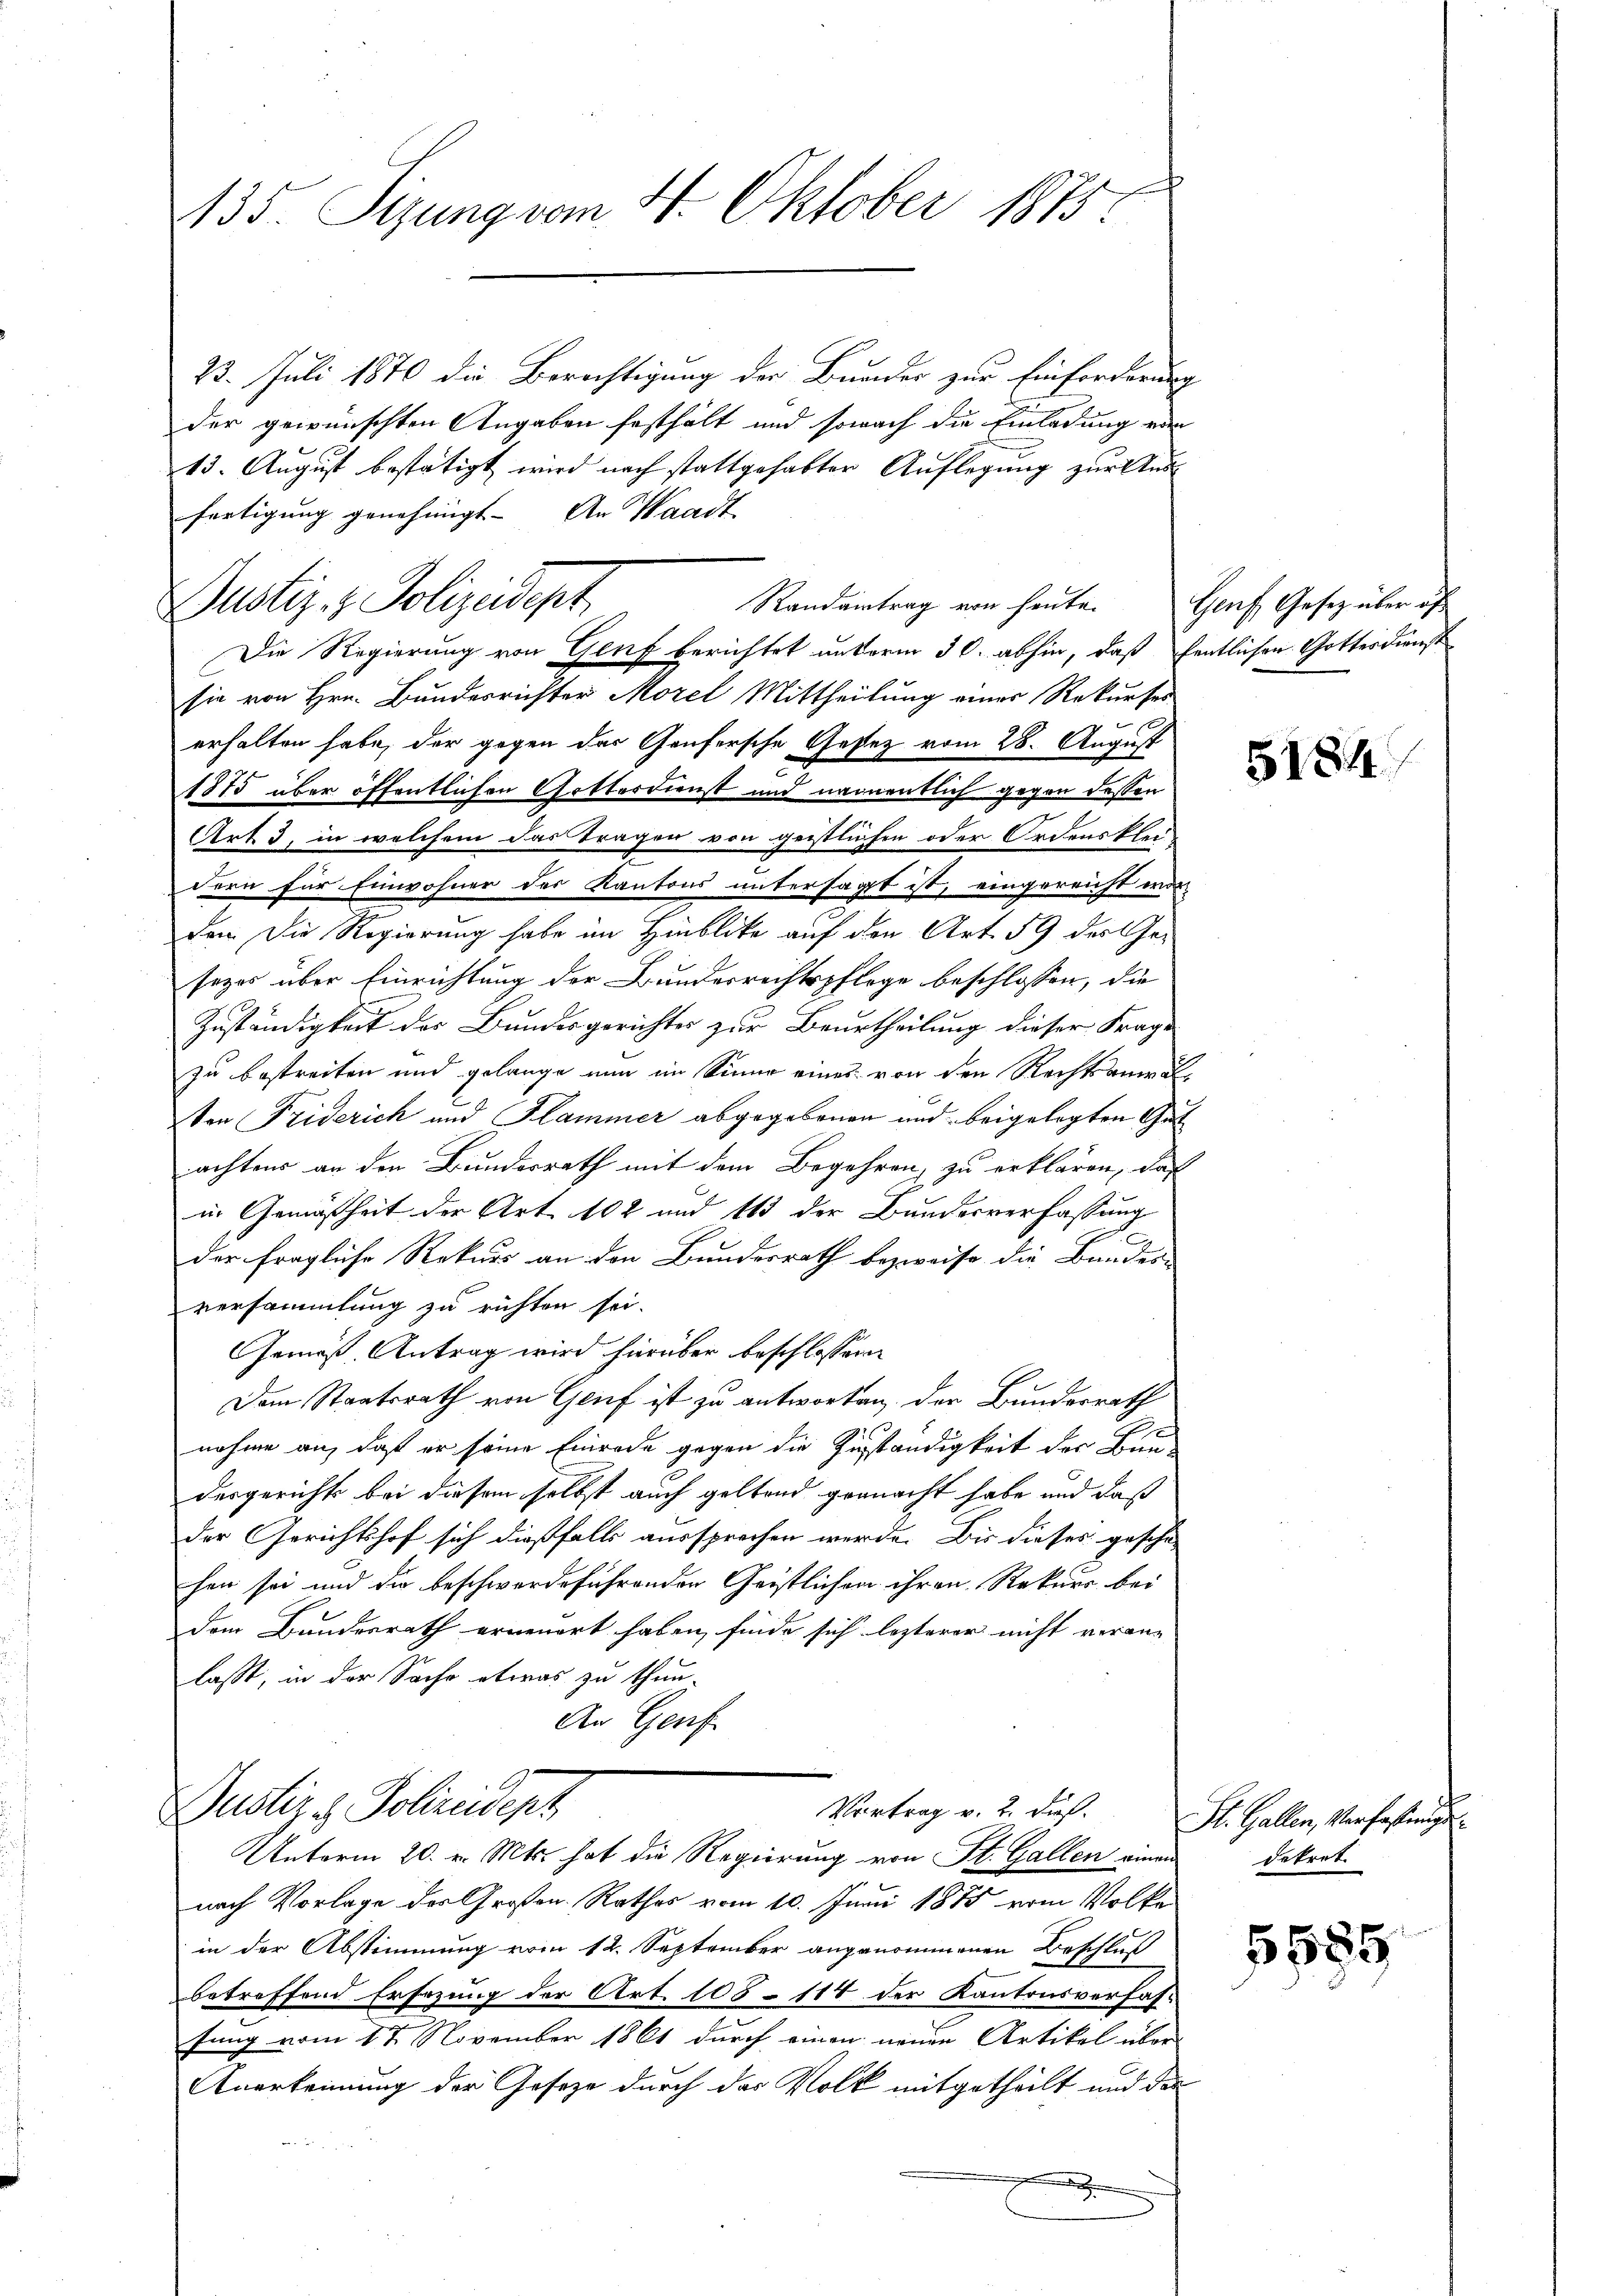
135. Sizung vom 4. Oktober 1875

23. Juli 1870 die Berechtigung der Bunder zur Einforderung
der gewünschten Angaben festhält und sowach die Einladung ein
13. August bestätigt wird nach stattgehabter Auflegung zur Aus-
fertigung genehmigt. An Waadt
Randantrag von heute.
Die Regierung von Genf berichtet unterm 30. abhin, daß fentlichen Gottesdienst
sie von Hrn. Bundesrichter Morel Mittheilung einer Rekurses
erhalten habe, der gegen das Genfersche Gesez vom 28. August
1875 über öffentlichen Gottesdienst und namentlich gegen dessen
Art. 3, in welchem das Tragen von geistlichen oder Ordensklei
dern für Einwohner des Kantons untersagt ist, eingereicht wor
den die Regierung habe im Hinblicke auf den Art. 59 der Gesezes über Einrichtung der Bundesrechtspflege beschlossen, die
Zuständigkeit des Bundesgerichter zur Beurtheilung dieser Frage
zu bestreiten und gelange nun im Sinne eines von den Rechtsanwal
ton Friderich und Flammer abgegebenen und beigelegten Gut
achtens an den Bundesrath mit dem Begehren, zu erklären, daß
in Gemäßheit der Art. 102 und 163 der Bundesverfassung
der fragliche Rekurs an den Bundesrath bezweife die Bandes-
versammlung zu richten sei.
Gemäß Antrag wird hierüber beschlossene
Dem Staatsrath von Genf ist zu antworten, der Bundesrath
nahme an, daß er seine Einrade gegen die Zuständigkeit der Baudergerichts bei diesem selbst auch geltend gemacht habe und daß
der Gerichtshof sich dießfalls aussprechen werde. Bis dieses gesche
hen sei und die beschwerdeführenden Geistlichen ihren Rekurs bei
dem Bundesrath erneuert haben, finde sich lezterer nicht veran- |
lasst, in der Sache etwas zu thun-
An Genf
Justiz & Polizeidept
Vortrag v. 2. dieß.
Unterm 20. v. Mts. hat die Regierung von St. Gallen einen Dokrat
nach Vorlage der Großen Rathes vom 10. Juni 1875 vom Volke
in der Abstimmung vom 12. September angenommenen Beschluß
betreffend Ersezung der Art. 108-114 der Kantonsverfasfung vom 1ten November 1861 durch einen neuen Artikel über
Anerkennung der Gesetze durch das Volk mitgetheilt und der

Justiz- & Polizeidept

Genf, Gesetz über of

5184

St. Gallen, Verfassungs

§585